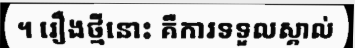
។ រឿងថ្មីនោះ គឺការទទួលស្គាល់